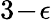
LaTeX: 3\! -\! \epsilon